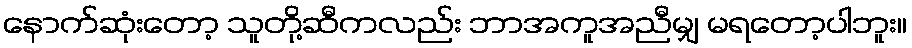
နောက်ဆုံးတော့ သူတို့ဆီကလည်း ဘာအကူအညီမျှ မရတော့ပါဘူး။